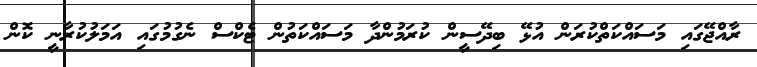
ރާއްޖޭގައި މަސައްކަތްކުރަން އުޅޭ ބިދޭސީން ކުރަމުންދާ މަސައްކަތުން ޓެކްސް ނެގުމުގައި އަމަލުކުރާނީ ކޮން